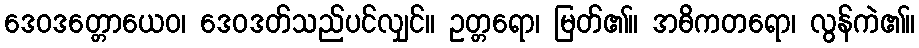
ဒေဝဒတ္တောယေဝ၊ ဒေဝဒတ်သည်ပင်လျှင်။ ဥတ္တရော၊ မြတ်၏။ အဓိကတရော၊ လွန်ကဲ၏။